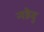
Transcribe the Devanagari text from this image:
नडेदु